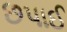
છપાઈ